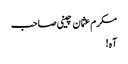
مکرم عثمان چینی صاحب
آہ!